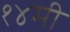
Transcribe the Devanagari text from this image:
१४मी